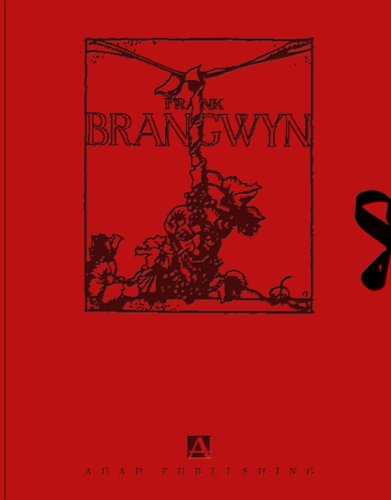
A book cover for Frank Brangwyn:  Way of the Cross; Arts & Photography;